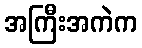
အကြီးအကဲက